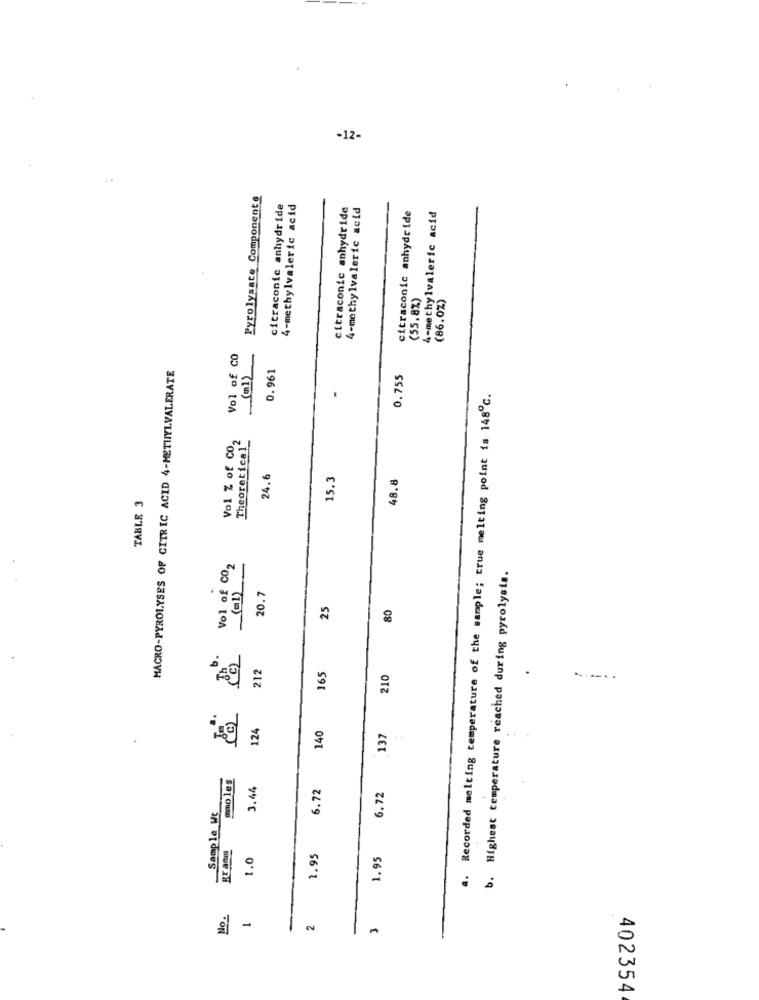
-12-
Pyrolysate Componente
citraconic anhydride
4-methylvaleric acid
citraconic anhydride
4-methylvaleric acid
citraconic anhydride
4-methylvaleric acid
(55.8%)
(86.0%)
Vol of CO
MACRO-PYROLYSES OF CITRIC ACID 4-METHYLVALERATE
0.961
0.755
Recorded melting temperature of the sample; true melting point is 148℃.
Vol Z of CO2
Theoretical"
24.6
15.3
48.8
TABLE 3
Vol of CO2
b. Highest temperature reached during pyrolysis.
(=1)
20.7
25
80
b.
212
165
210
----..
124
140
137
gmo les
3.44
6.72
6.72
Sample Wt
gr ans
1.0
1.95
1.95
No.
-
402354